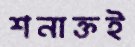
শনাক্তই